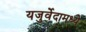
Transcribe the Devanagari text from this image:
यजुर्वेदामध्ये